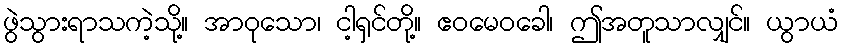
ဖွဲသွားရာသကဲ့သို့။ အာဝုသော၊ ငါ့ရှင်တို့။ ဧဝမေဝခေါ၊ ဤအတူသာလျှင်။ ယွာယံ